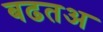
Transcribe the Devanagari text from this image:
बढतअ